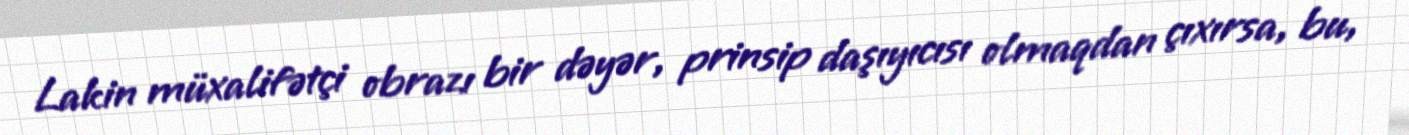
Lakin müxalifətçi obrazı bir dəyər, prinsip daşıyıcısı olmaqdan çıxırsa, bu,